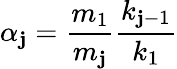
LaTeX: \alpha_{\mathbf{j}}=\frac{{m_{1}}}{{m_{\mathbf{j}}}}\frac{{k_{\mathbf{j}-1}}}{{k_{1}}}